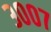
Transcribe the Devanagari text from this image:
३००७